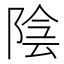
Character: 陰